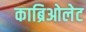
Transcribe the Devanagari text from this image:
काब्रिओलेट